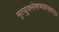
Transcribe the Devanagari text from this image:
मृत्युक्लेशभयावहान्।।